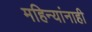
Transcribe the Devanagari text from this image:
महिन्यांनाही